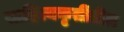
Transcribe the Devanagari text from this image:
साहित्यकृतींतील